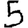
Digit: 5